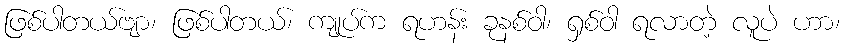
ဖြစ်ပါတယ်ဗျာ၊ ဖြစ်ပါတယ်၊ ကျုပ်က ရဟန်း ခုနစ်ဝါ၊ ရှစ်ဝါ ရလာတဲ့ လူပဲ ဟာ၊